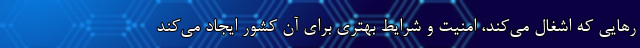
ر‌هایی که اشغال می‌کند، امنیت و شرایط بهتری برای آن کشور ایجاد می‌کند